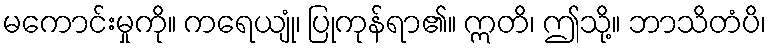
မကောင်းမှုကို။ ကရေယျုံ၊ ပြုကုန်ရာ၏။ ဣတိ၊ ဤသို့။ ဘာသိတံပိ၊